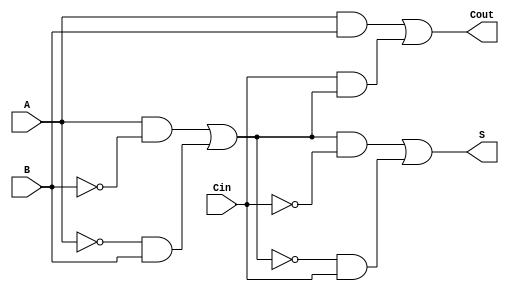
module TransmissionGateFullAdder (
    input wire A,      // First input bit
    input wire B,      // Second input bit
    input wire Cin,    // Carry-in bit
    output wire S,     // Sum output
    output wire Cout   // Carry-out output
);

    // Intermediate signals for the XOR and AND operations
    wire AB_xor;       // A XOR B
    wire AB_xor_Cin;   // (A XOR B) XOR Cin
    wire A_and_B;      // A AND B
    wire Cin_and_AB_xor; // Cin AND (A XOR B)

    // Transmission Gate for A XOR B
    assign AB_xor = (A & ~B) | (~A & B);

    // Transmission Gate for (A XOR B) XOR Cin
    assign AB_xor_Cin = (AB_xor & ~Cin) | (~AB_xor & Cin);

    // Transmission Gate for A AND B
    assign A_and_B = A & B;

    // Transmission Gate for Cin AND (A XOR B)
    assign Cin_and_AB_xor = Cin & AB_xor;

    // Carry-out calculation using OR operation
    assign Cout = A_and_B | Cin_and_AB_xor;

    // Sum output
    assign S = AB_xor_Cin;

endmodule